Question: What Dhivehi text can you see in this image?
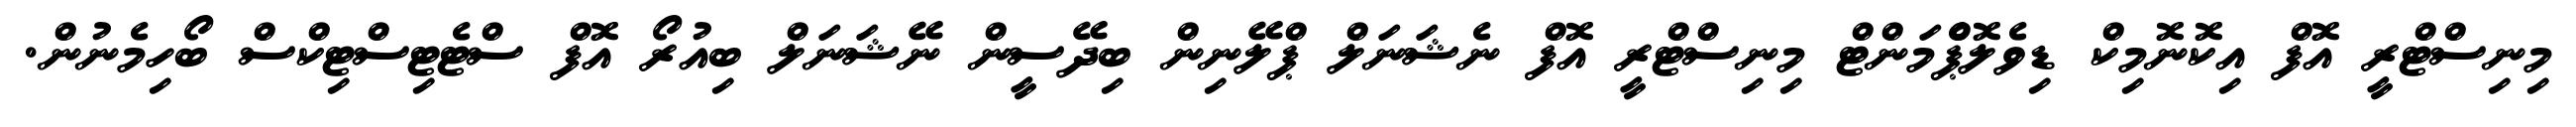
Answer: މިނިސްޓްރީ އޮފް އިކޮނޮމިކް ޑިވެލޮޕްެމަންޓް މިނިސްޓްރީ އޮފް ނެޝަނަލް ޕްލޭނިން ބިދޭސީން ނޭޝަނަލް ބިއުރޯ އޮފް ސްޓެޓިސްޓިކްސް ބޯހިމެނުން.